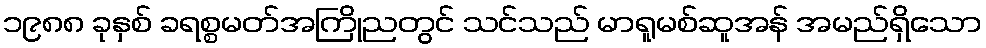
၁၉၈၈ ခုနှစ် ခရစ္စမတ်အကြိုညတွင် သင်သည် မာရူမစ်ဆူအန် အမည်ရှိသော